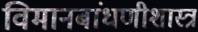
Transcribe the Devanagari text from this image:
विमानबांधणीशास्त्र